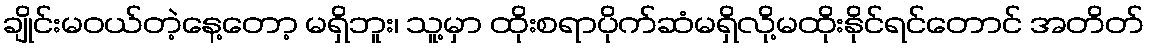
ချိုင်းမဝယ်တဲ့နေ့တော့ မရှိဘူး၊ သူ့မှာ ထိုးစရာပိုက်ဆံမရှိလို့မထိုးနိုင်ရင်တောင် အတိတ်